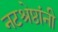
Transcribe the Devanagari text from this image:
नटश्रेष्ठांनी